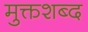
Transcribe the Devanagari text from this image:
मुक्तशब्द